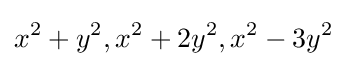
x^{2}+y^{2},x^{2}+2y^{2},x^{2}-3y^{2}